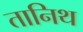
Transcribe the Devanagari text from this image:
तानिथ